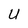
Character: U